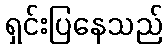
ရှင်းပြနေသည်